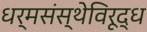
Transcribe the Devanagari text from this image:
धर्मसंस्थेविरूद्ध